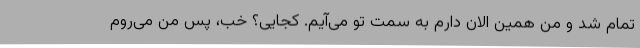
تمام شد و من همین الان دارم به سمت تو می‌آیم. کجایی؟ خب، پس من می‌روم